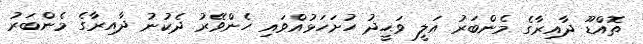
ތޮއްޑޫ ދާއިރާގެ މެންބަރު އަލީ ވަޙީދު ހުށަހަޅުއްވައި ހެންވޭރު ދެކުނު ދާއިރާގެ މެންބަރު